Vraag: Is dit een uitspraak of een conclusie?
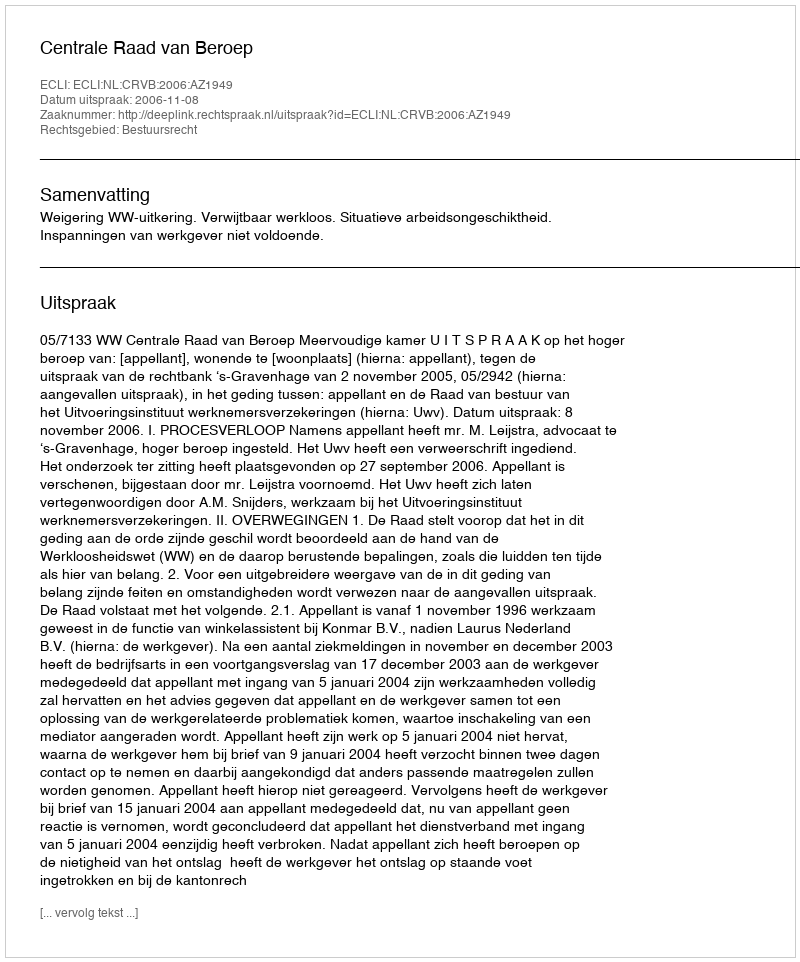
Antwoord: Uitspraak